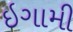
ઇગામી